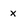
Character: x